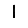
Digit: 1